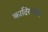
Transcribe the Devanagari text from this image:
कादिरगामर